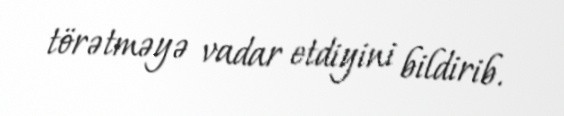
törətməyə vadar etdiyini bildirib.